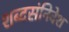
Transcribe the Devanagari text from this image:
शब्दसंनिवेश